Annual report on the working of the lock hospitals in the North-Western Provinces and Oudh
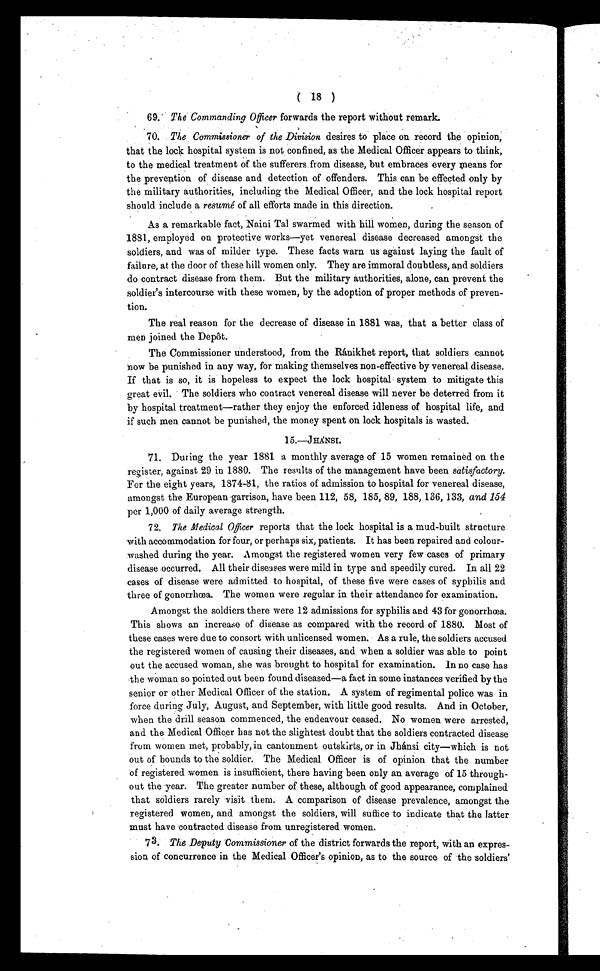
69. The Commanding Officer forwards the report without remark.
70. The Commissioner of the Division desires to place on record the opinion,
that the lock hospital system is not confined, as the Medical Officer appears to think,
to the medical treatment of the sufferers from disease, but embraces every means for
the prevention of disease and detection of offenders. This can be effected only by
the military authorities, including the Medical Officer, and the lock hospital report
should include a resumé of all efforts made in this direction.
As a remarkable fact, Naini Tal swarmed with hill women, during the season of
1881, employed on protective works—yet venereal disease decreased amongst the
soldiers, and was of milder type. These facts warn us against laying the fault of
failure, at the door of these hill women only. They are immoral doubtless, and soldiers
do contract disease from them. But the military authorities, alone, can prevent the
soldier's intercourse with these women, by the adoption of proper methods of preven-
tion.
The real reason for the decrease of disease in 1881 was, that a better class of
men joined the Depôt.
The Commissioner understood, from the Ránikhet report, that soldiers cannot
now be punished in any way, for making themselves non-effective by venereal disease.
If that is so, it is hopeless to expect the lock hospital system to mitigate this
great evil. The soldiers who contract venereal disease will never be deterred from it
by hospital treatment—rather they enjoy the enforced idleness of hospital life, and
if such men cannot be punished, the money spent on lock hospitals is wasted.
15.—JHÁNSI.
71. During the year 1881 a monthly average of 15 women remained on the
register, against 29 in 1880. The results of the management have been satisfactory.
For the eight years, 1874-81, the ratios of admission to hospital for venereal disease,
amongst the European garrison, have been 112, 58, 185, 89, 188, 136, 133, and 154
per 1,000 of daily average strength.
72. The Medical Officer reports that the lock hospital is a mud-built structure
with accommodation for four, or perhaps six, patients. It has been repaired and colour-
washed during the year. Amongst the registered women very few cases of primary
disease occurred. All their diseases were mild in type and speedily cured. In all 22
cases of disease were admitted to hospital, of these five were cases of syphilis and
three of gonorrhœa. The women were regular in their attendance for examination.
Amongst the soldiers there were 12 admissions for syphilis and 43 for gonorrhœa.
This shows an increase of disease as compared with the record of 1880. Most of
these cases were due to consort with unlicensed women. As a rule, the soldiers accused
the registered women of causing their diseases, and when a soldier was able to point
out the accused woman, she was brought to hospital for examination. In no case has
the woman so pointed out been found diseased—a fact in some instances verified by the
senior or other Medical Officer of the station. A system of regimental police was in
force during July, August, and September, with little good results. And in October,
when the drill season commenced, the endeavour ceased. No women were arrested,
and the Medical Officer has not the slightest doubt that the soldiers contracted disease
from women met, probably, in cantonment outskirts, or in Jhánsi city—which is not
out of bounds to the soldier. The Medical Officer is of opinion that the number
of registered women is insufficient, there having been only an average of 15 through-
out the year. The greater number of these, although of good appearance, complained
that soldiers rarely visit them. A comparison of disease prevalence, amongst the
registered women, and amongst the soldiers, will suffice to indicate that the latter
must have contracted disease from unregistered women.
73. The Deputy Commissioner of the district forwards the report, with an expres-
sion of concurrence in the Medical Officer's opinion, as to the source of the soldiers'